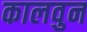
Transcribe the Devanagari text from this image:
कालवुन